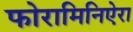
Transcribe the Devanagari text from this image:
फोरामिनिऐरा